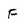
Character: F